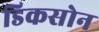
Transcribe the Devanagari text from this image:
डिकसोन